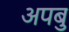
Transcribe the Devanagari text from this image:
अपबु